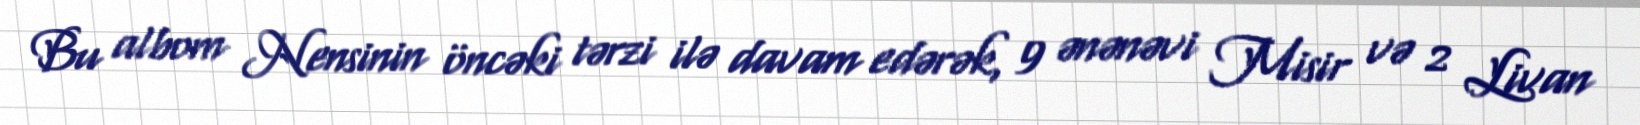
Bu albom Nensinin öncəki tərzi ilə davam edərək, 9 ənənəvi Misir və 2 Livan